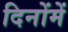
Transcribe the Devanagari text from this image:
दिनोंमें